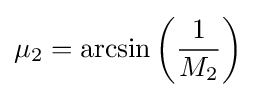
\mu _{2}=\arcsin \left({\frac {1}{M_{2}}}\right)